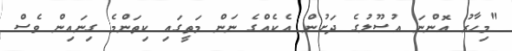
"މިހާރު އޮންނަ އުސޫލުގެ ދަށުން އެކެއްގެ ނަން މަތީގައި ކިތަންމެ ގިނައިން ވެސް